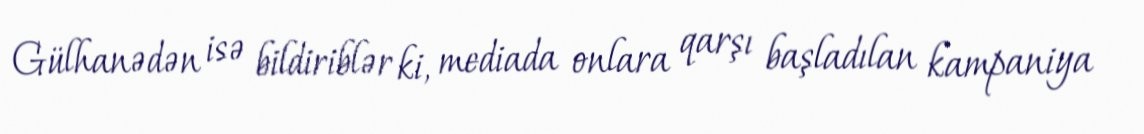
Gülhanədən isə bildiriblər ki, mediada onlara qarşı başladılan kampaniya